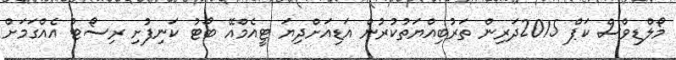
މޯލްޑިވްސް ކަޕް 2015ދަރިން ތަރުބިއްޔަތުކުރުން އަޑިއަށްދިޔަ ޓީއެމްއޭ ބޯޓު ކަނިފުށި ރިސޯޓު އެއްގަމަށް